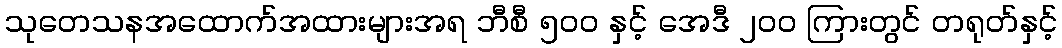
သုတေသနအထောက်အထားများအရ ဘီစီ ၅၀၀ နှင့် အေဒီ ၂၀၀ ကြားတွင် တရုတ်နှင့်